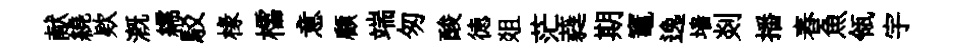
献繞欵溉繻駁椽櫺意顧端匆酸徳爼茫蕤期竈逸墙剡播舂魚瓴宇